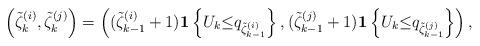
LaTeX: \begin{align*}\left(\tilde\zeta^{(i)}_{k},\tilde\zeta^{(j)}_{k}\right)=\left((\tilde\zeta^{(i)}_{k-1}+1){\bf1}\left\{ U_k{\le} q_{\tilde\zeta^{(i)}_{k-1}}\right\},(\tilde\zeta^{(j)}_{k-1}+1){\bf1}\left\{ U_k{\le} q_{\tilde\zeta^{(j)}_{k-1}}\right\}\right), \end{align*}